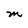
Character: M